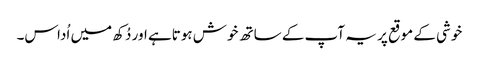
خوشی کے موقع پر یہ آپ کے ساتھ خوش ہوتاہے اور دُکھ میں اُداس۔